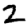
Digit: 2